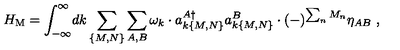
H _ { \mathrm { M } } = \int _ { - \infty } ^ { \infty } \! d k \sum _ { \{ M , N \} } \sum _ { A , B } \omega _ { k } \cdot a _ { k \{ M , N \} } ^ { A \dagger } a _ { k \{ M , N \} } ^ { B } \cdot ( - ) ^ { \sum _ { n } M _ { n } } \eta _ { A B } \ ,